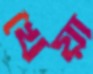
খৈয়া